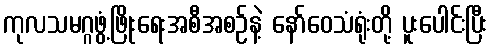
ကုလသမဂ္ဂဖွံ့ဖြိုးရေးအစီအစဉ်နဲ့ နော်ဝေသံရုံးတို့ ပူးပေါင်းပြီး